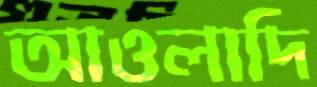
আওলাদি